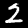
Digit: 2